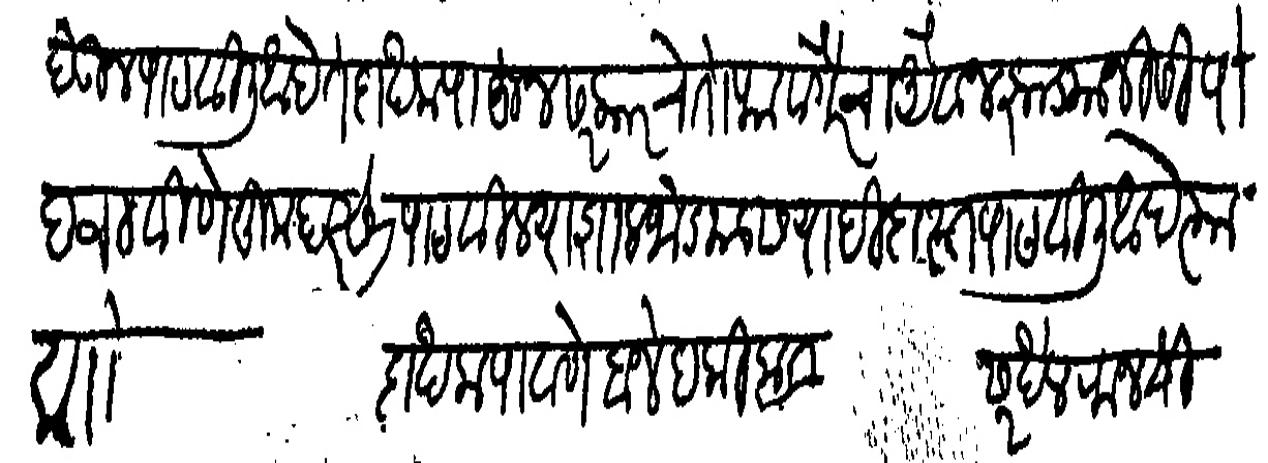
Transliteration (Devanagari): देऊन पाठवीली आहेत दाखला पाहून सरकारचे तोफा वगैरेचा औवज झाड्यानीशी पोहचवीणे तुम्हास पाठविल्या शाल जोड्यास यादी दास्त पाठविली आहे त्या प्राो दाखला पावणे बाजे हकिकत सरखेल राजश्री